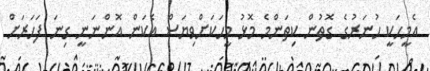
އެމީހަކީ ހުނަރުގެ ގޮތުން ކިތަންމެ މޮޅު މީހަކަށްވިޔަސް އެކަން އޮންނަނީ ގިނަ ފަހަރަށް